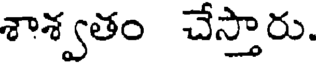
శాశ్వతం చేస్తారు.